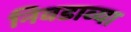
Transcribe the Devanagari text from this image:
निवडाव्या